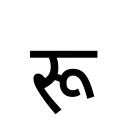
OCR:
रू